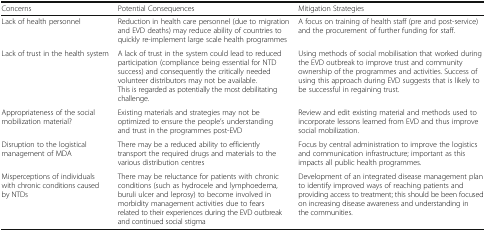
<table><thead><tr><td><b>Concerns</b></td><td><b>Potential Consequences</b></td><td><b>Mitigation Strategies</b></td></tr></thead><tbody><tr><td>Lack of health personnel</td><td>Reduction in health care personnel (due to migration and EVD deaths) may reduce ability of countries to quickly re-implement large scale health programmes</td><td>A focus on training of health staff (pre and post-service) and the procurement of further funding for staff.</td></tr><tr><td>Lack of trust in the health system</td><td>A lack of trust in the system could lead to reduced participation (compliance being essential for NTD success) and consequently the critically needed volunteer distributors may not be available. This is regarded as potentially the most debilitating challenge.</td><td>Using methods of social mobilisation that worked during the EVD outbreak to improve trust and community ownership of the programmes and activities. Success of using this approach during EVD suggests that is likely to be successful in regaining trust.</td></tr><tr><td>Appropriateness of the social mobilization material?</td><td>Existing materials and strategies may not be optimized to ensure the people’s understanding and trust in the programmes post-EVD</td><td>Review and edit existing material and methods used to incorporate lessons learned from EVD and thus improve social mobilization.</td></tr><tr><td>Disruption to the logistical management of MDA</td><td>There may be a reduced ability to efficiently transport the required drugs and materials to the various distribution centres</td><td>Focus by central administration to improve the logistics and communication infrastructure; important as this impacts all public health programmes.</td></tr><tr><td>Misperceptions of individuals with chronic conditions caused by NTDs</td><td>There may be reluctance for patients with chronic conditions (such as hydrocele and lymphoedema, buruli ulcer and leprosy) to become involved in morbidity management activities due to fears related to their experiences during the EVD outbreak and continued social stigma</td><td>Development of an integrated disease management plan to identify improved ways of reaching patients and providing access to treatment; this should be been focused on increasing disease awareness and understanding in the communities.</td></tr></tbody></table>